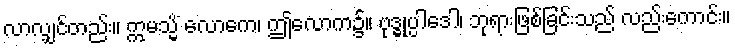
လာလျှင်တည်း။ ဣမသ္မိံ လောကေ၊ ဤလောက၌။ ဗုဒ္ဓုပ္ပါဒေါ၊ ဘုရားဖြစ်ခြင်းသည် လည်းကောင်း။